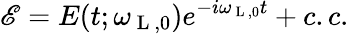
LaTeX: \mathscr{E}=E(t;\omega_{\mathrm{~L~},0})e^{-i\omega_{\mathrm{~L~},0}t}+c.c.